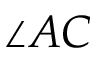
\angle A C